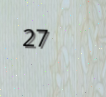
27